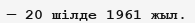
— 20 шілде 1961 жыл.